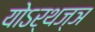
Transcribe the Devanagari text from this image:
योऽर्थज्ञ